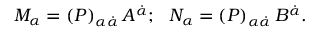
{ \cal M } _ { \alpha } = \left( { \cal P } \right) _ { \alpha \dot { \alpha } } A ^ { \dot { \alpha } } ; \, \, \, \, { \cal N } _ { \alpha } = \left( { \cal P } \right) _ { \alpha \dot { \alpha } } B ^ { \dot { \alpha } } .